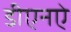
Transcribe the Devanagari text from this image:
डीएनऐ